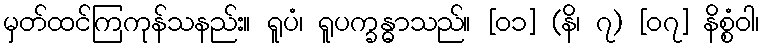
မှတ်ထင်ကြကုန်သနည်း။ ရူပံ၊ ရူပက္ခန္ဓာသည်။ [၀၁] (နိ၊ ၇) [၀၇] နိစ္စံဝါ၊